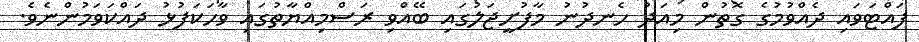
ފައްޓަވައި ދެއްވުމުގެ ގޮތުން މިއަދު ހެނދުނު މާފުށީޖަލުގައި ބޭއްވި ރަސްމިއްޔާތުގައި ވާހަކަފުޅު ދައްކަވަމުންނެވެ.